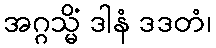
အဂ္ဂသ္မိံ ဒါနံ ဒဒတံ၊